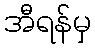
အီရန်မှ